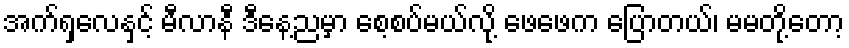
အက်ရှလေနှင့် မီလာနီ ဒီနေ့ညမှာ စေ့စပ်မယ်လို့ ဖေဖေက ပြောတယ်၊ မမတို့တော့